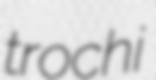
trochi